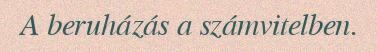
A beruházás a számvitelben.